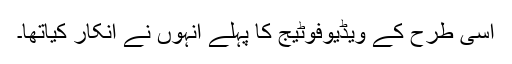
اسی طرح کے ویڈیوفوٹیج کا پہلے انہوں نے انکار کیاتھا۔